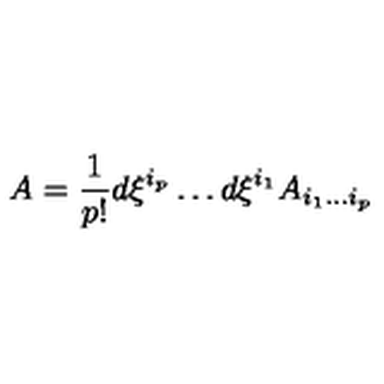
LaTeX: A = { \frac { 1 } { p ! } } d \xi ^ { i _ { p } } \dots d \xi ^ { i _ { 1 } } A _ { i _ { 1 } \dots i _ { p } }